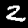
Label: 2